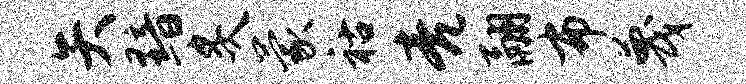
矢黯炙蒙祜亮翮布蔑